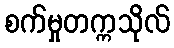
စက်မှုတက္ကသိုလ်